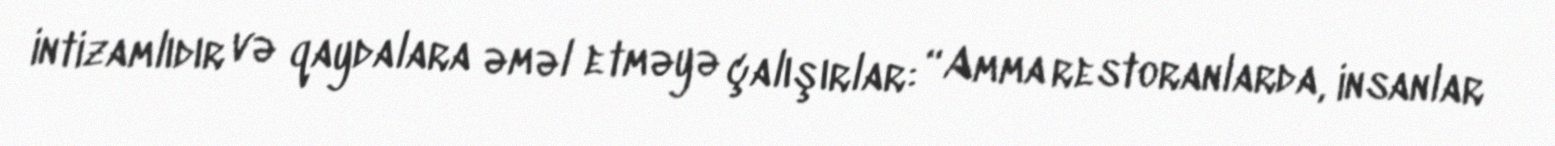
intizamlıdır və qaydalara əməl etməyə çalışırlar: “Amma restoranlarda, insanlar